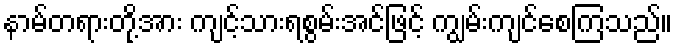
နာမ်တရားတို့အား ကျင့်သားရစွမ်းအင်ဖြင့် ကျွမ်းကျင်စေကြသည်။